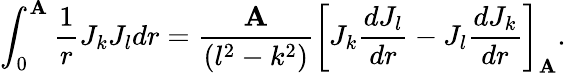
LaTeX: \int_{0}^{\mathbf{A}}\frac{{1}}{{r}}J_{k}J_{l}dr=\frac{{\mathbf{A}}}{{(l^{2}-k^{2})}}\bigg[J_{k}\frac{{dJ_{l}}}{{dr}}-J_{l}\frac{{dJ_{k}}}{{dr}}\bigg]_{\mathbf{A}}.